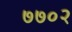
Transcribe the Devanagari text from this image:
७७०२